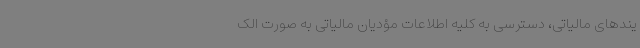
یندهای مالیاتی، دسترسی به کلیه اطلاعات مؤدیان مالیاتی به صورت الک